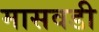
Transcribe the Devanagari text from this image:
मासवडी